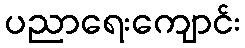
ပညာရေးကျောင်း